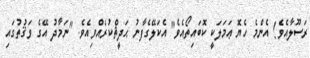
ރަސޫލާއެވެ! އެންމެ ހެޔޮ ޢަމަލަކީ ކޮބައިތޯއެވެ" އެކަލޭގެފާނު ޙަދީޘްކުރެއްވިއެވެ. "ނަމާދު އޭގެ ވަޤުތުގައި